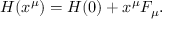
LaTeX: H ( x ^ { \mu } ) = H ( 0 ) + x ^ { \mu } F _ { \mu } .